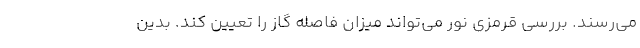
می‌رسند. بررسی قرمزی نور می‌تواند میزان فاصله گاز را تعیین کند. بدین